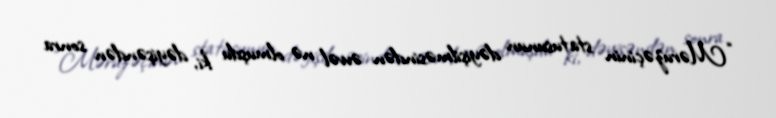
“Məruzəçinin statusunun dəyişilməsindən əvvəl nə olmuşdu ki, dəyişəndən sonra